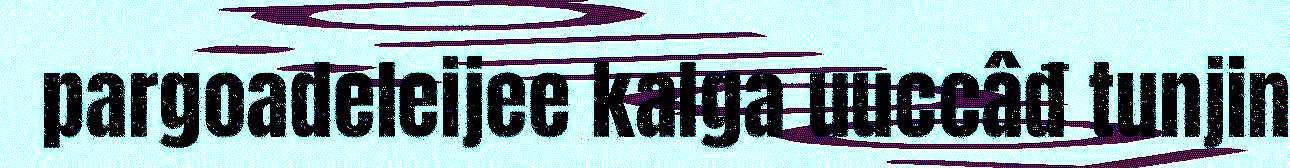
pargoadeleijee kalga uuccâđ tunjin